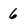
Character: 6